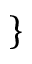
\}